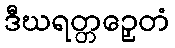
ဒီဃရတ္တဉှေတံ